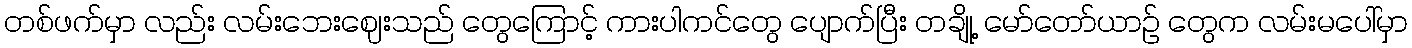
တစ်ဖက်မှာ လည်း လမ်းဘေးဈေးသည် တွေကြောင့် ကားပါကင်တွေ ပျောက်ပြီး တချို့ မော်တော်ယာဉ် တွေက လမ်းမပေါ်မှာ